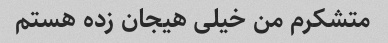
متشکرم من خیلی هیجان زده هستم